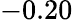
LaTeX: -0.20